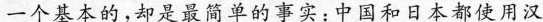
一个基本的，却是最需单的事实：中国和日本都使用汉